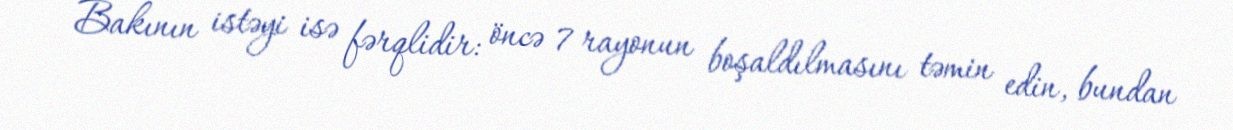
Bakının istəyi isə fərqlidir: öncə 7 rayonun boşaldılmasını təmin edin, bundan